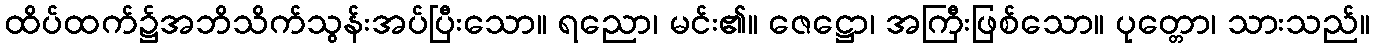
ထိပ်ထက်၌အဘိသိက်သွန်းအပ်ပြီးသော။ ရညော၊ မင်း၏။ ဇေဋ္ဌော၊ အကြီးဖြစ်သော။ ပုတ္တော၊ သားသည်။